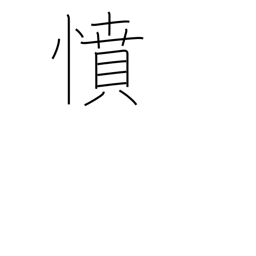
Meaning: anger